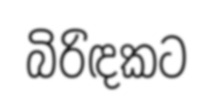
බිරිඳකට